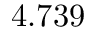
4 . 7 3 9